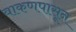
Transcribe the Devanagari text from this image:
वाकणपासून